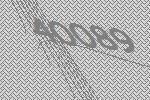
40089